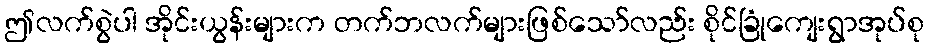
ဤလက်စွဲပါ အိုင်းယွန်းများက တက်ဘလက်များဖြစ်သော်လည်း စိုင်ခြုံကျေးရွာအုပ်စု